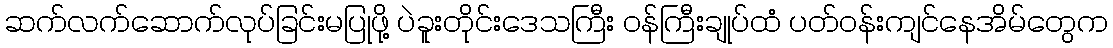
ဆက်လက်ဆောက်လုပ်ခြင်းမပြုဖို့ ပဲခူးတိုင်းဒေသကြီး ဝန်ကြီးချုပ်ထံ ပတ်ဝန်းကျင်နေအိမ်တွေက